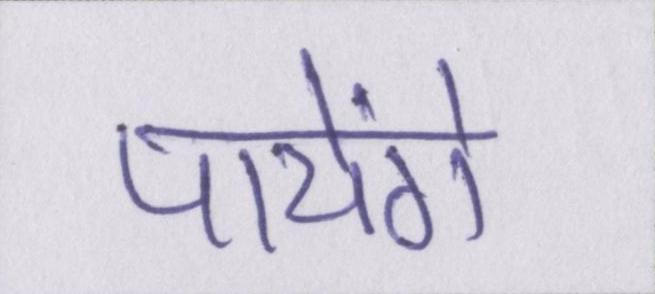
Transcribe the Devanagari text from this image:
पायेंगे